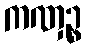
ကဏှဉ္စ